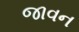
જાવન